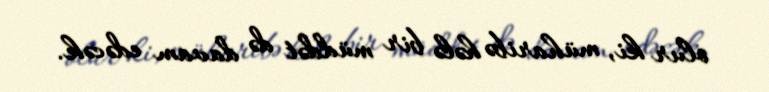
olur ki, müharibə hələ bir müddət də davam edəcək.